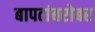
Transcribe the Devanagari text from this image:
बापटांबरोबर